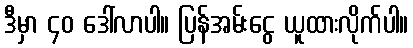
ဒီမှာ ၄၀ ဒေါ်လာပါ။ ပြန်အမ်းငွေ ယူထားလိုက်ပါ။